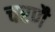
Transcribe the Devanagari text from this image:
चरणै